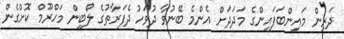
ދަރިން މައިންބަފައިންގެ މަދަދަށް އެންމެ ބޭނުވާ ދުވަހު ދެފަރާތުގެ ލޯބިން މަހްރޫމް ކޮށްގެން